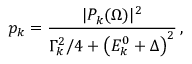
p _ { k } = \frac { | P _ { k } ( \boldsymbol { \Omega } ) | ^ { 2 } } { \Gamma _ { k } ^ { 2 } / 4 + \left( E _ { k } ^ { 0 } + \Delta \right) ^ { 2 } } \, ,